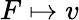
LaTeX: F\mapsto v